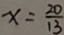
x = \frac { 2 0 } { 1 3 }